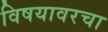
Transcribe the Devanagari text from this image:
विषयावरचा